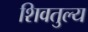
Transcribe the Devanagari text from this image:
शिवतुल्य